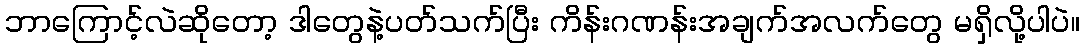
ဘာကြောင့်လဲဆိုတော့ ဒါတွေနဲ့ပတ်သက်ပြီး ကိန်းဂဏန်းအချက်အလက်တွေ မရှိလို့ပါပဲ။